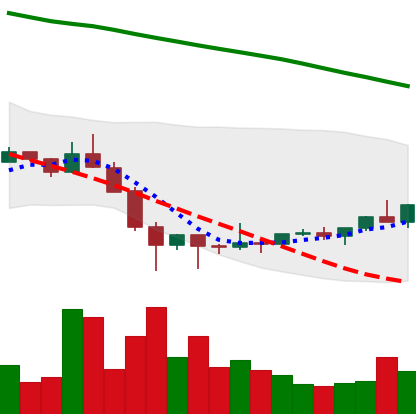
Ticker: ETC-USD
Chart end date: 2022-02-03
Forward return: 15.026%
Label: up_7plus